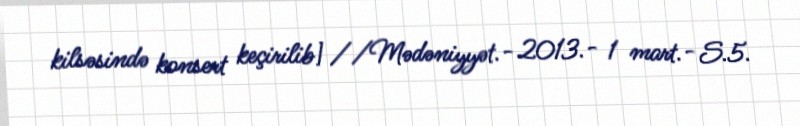
kilsəsində konsert keçirilib] //Mədəniyyət.- 2013.- 1 mart.- S.5.